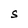
Character: S